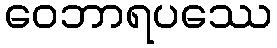
ဝေဘာရပဿေ